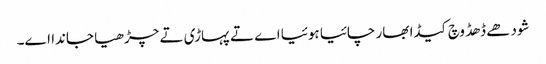
شودھے ڈھڈ وچ کیڈا بھار چائیا ہوئیا اے تے پہاڑی تے چڑھیا جاندا اے۔